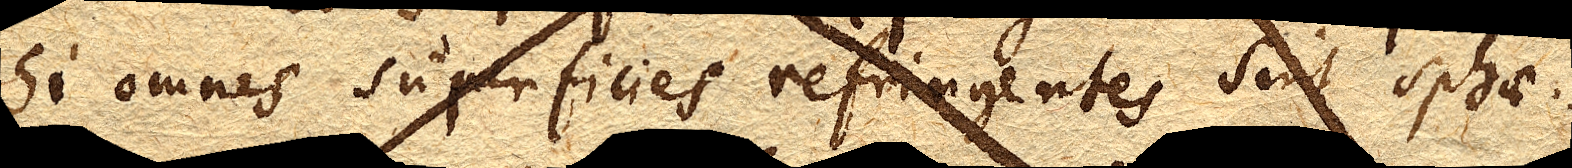
Si omnes superficies refringentes sint sphae–